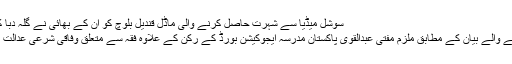
سوشل میڈیا سے شہرت حاصل کرنے والی ماڈل قندیل بلوچ کو ان کے بھائی نے گلہ دبا کر ہلاک کر دیا تھا
پولیس کو دیے جانے والے بیان کے مطابق ملزم مفتی عبدالقوی پاکستان مدرسہ ایجوکیشن بورڈ کے رکن کے علاوہ فقہ سے متعلق وفاقی شرعی عدالت کے مشیر بھی ہیں۔